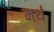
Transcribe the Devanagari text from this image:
नर्थ